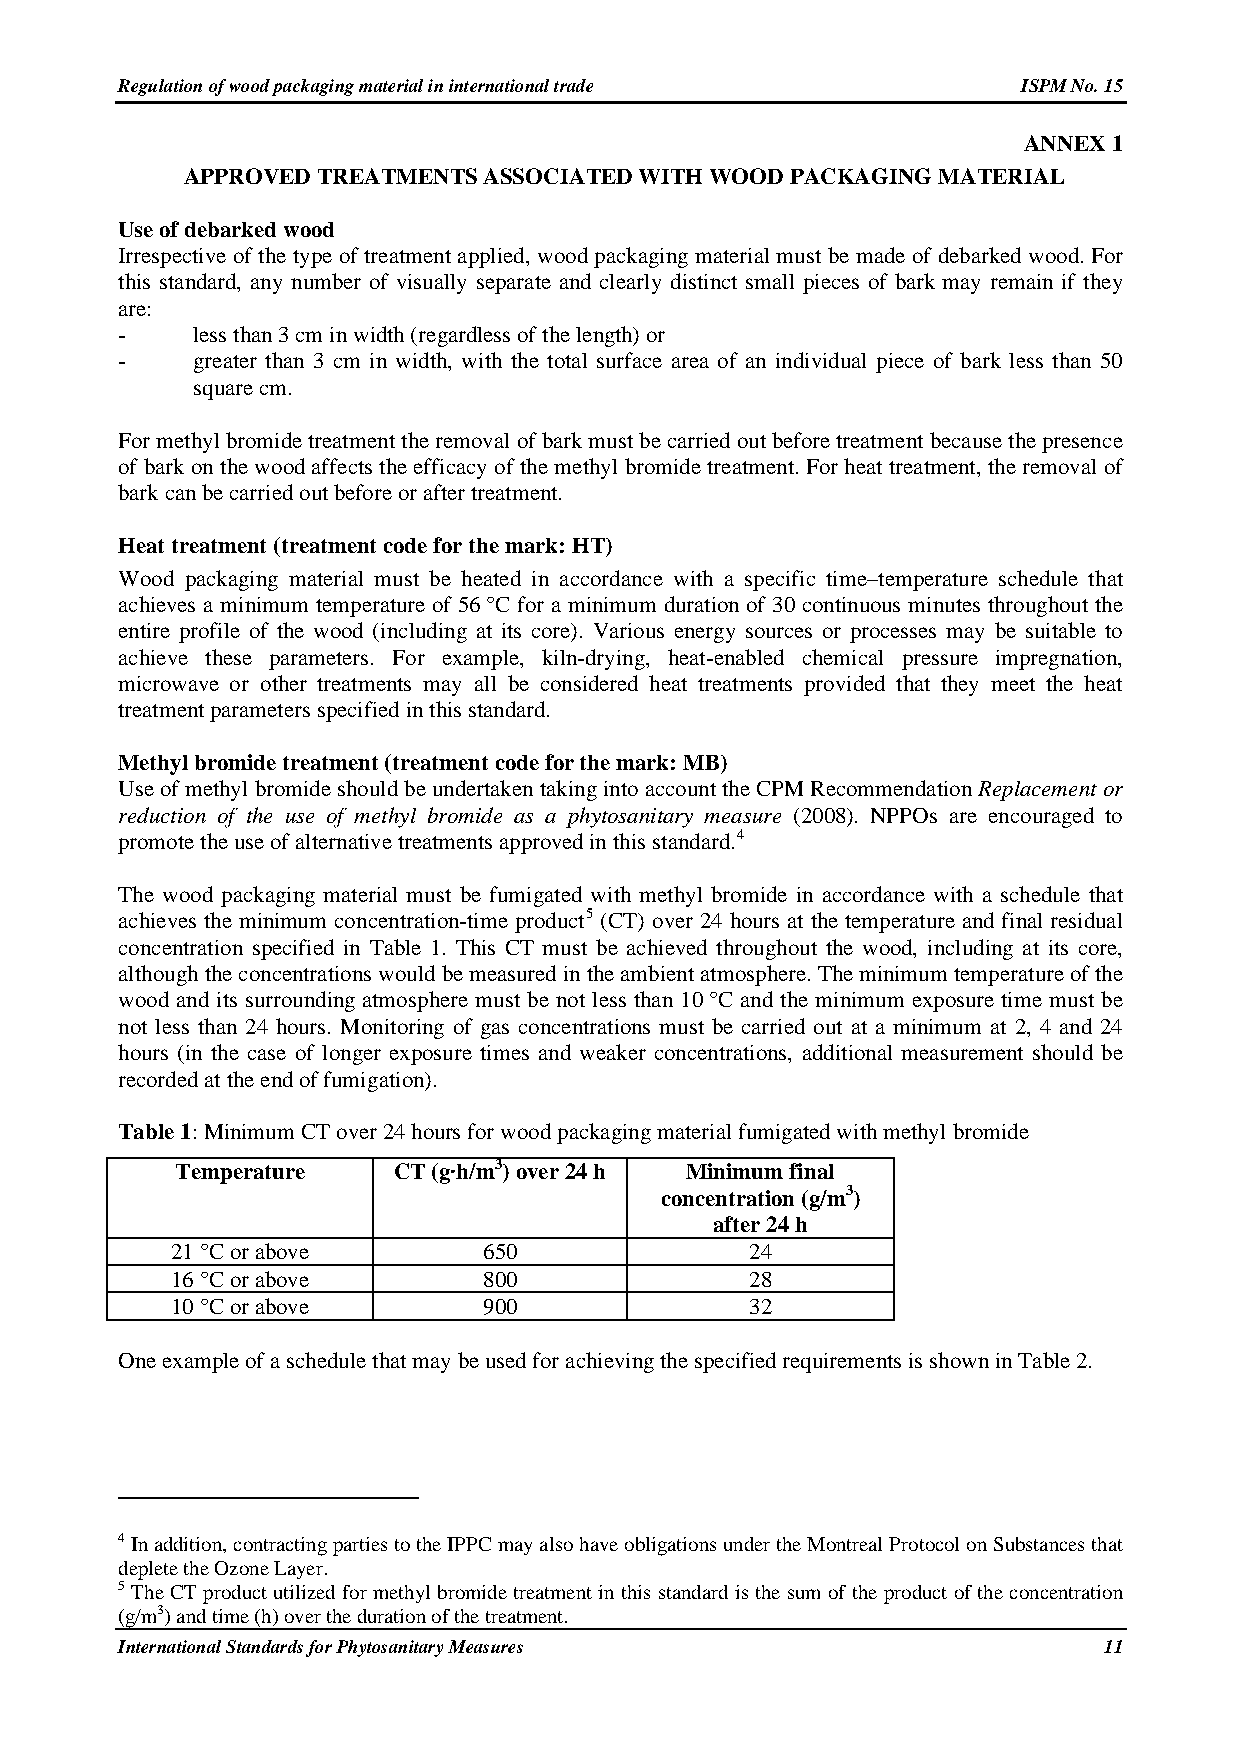
Regulation of wood packaging material in international trade ISPM No. 15
 ANNEX 1
 APPROVED TREATMENTS ASSOCIATED WITH WOOD PACKAGING MATERIAL
 Use of debarked wood
 Irrespective of the type of treatment applied, wood packaging material must be made of debarked wood. For
 this standard, any number of visually separate and clearly distinct small pieces of bark may remain if they
 are:
 -    less than 3 cm in width (regardless of the length) or
 -    greater than 3 cm in width, with the total surface area of an individual piece of bark less than 50
 square cm.
 For methyl bromide treatment the removal of bark must be carried out before treatment because the presence
 of bark on the wood affects the efficacy of the methyl bromide treatment. For heat treatment, the removal of
 bark can be carried out before or after treatment.
 Heat treatment (treatment code for the mark: HT)
 Wood packaging material must be heated in accordance with a specific time–temperature schedule that
 achieves a minimum temperature of 56 °C for a minimum duration of 30 continuous minutes throughout the
 entire profile of the wood (including at its core). Various energy sources or processes may be suitable to
 achieve these parameters. For example, kiln-drying, heat-enabled chemical pressure impregnation,
 microwave or other treatments may all be considered heat treatments provided that they meet the heat
 treatment parameters specified in this standard.
 Methyl bromide treatment (treatment code for the mark: MB)
 Use of methyl bromide should be undertaken taking into account the CPM Recommendation Replacement or
 reduction of the use of methyl bromide as a phytosanitary measure (2008). NPPOs are encouraged to
 promote the use of alternative treatments approved in this standard.4
 The wood packaging material must be fumigated with methyl bromide in accordance with a schedule that
 achieves the minimum concentration-time product5 (CT) over 24 hours at the temperature and final residual
 concentration specified in Table 1. This CT must be achieved throughout the wood, including at its core,
 although the concentrations would be measured in the ambient atmosphere. The minimum temperature of the
 wood and its surrounding atmosphere must be not less than 10 °C and the minimum exposure time must be
 not less than 24 hours. Monitoring of gas concentrations must be carried out at a minimum at 2, 4 and 24
 hours (in the case of longer exposure times and weaker concentrations, additional measurement should be
 recorded at the end of fumigation).
 Table 1: Minimum CT over 24 hours for wood packaging material fumigated with methyl bromide
 Temperature   CT (g·h/m3) over 24 h Minimum final
 concentration (g/m3)
 after 24 h
 21 °C or above       650               24
 16 °C or above       800               28
 10 °C or above       900               32
 One example of a schedule that may be used for achieving the specified requirements is shown in Table 2.
 4 In addition, contracting parties to the IPPC may also have obligations under the Montreal Protocol on Substances that
 deplete the Ozone Layer.
 5 The CT product utilized for methyl bromide treatment in this standard is the sum of the product of the concentration
 (g/m3) and time (h) over the duration of the treatment.
 International Standards for Phytosanitary Measures               11